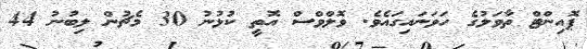
ޕޮއިންޓް ތާވަލުގެ ހަވަނައިގައެވެ. ވޮލްވްސް އޮތީ ކުޅުނު 30 މެޗުން ލިބުނު 44